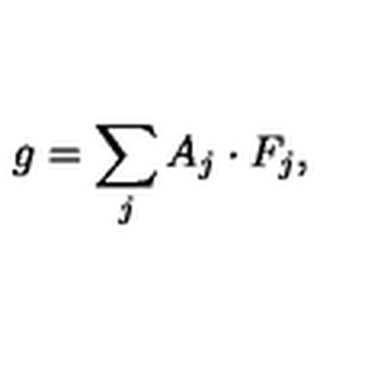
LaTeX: g = \sum _ { j } A _ { j } \cdot F _ { j } ,